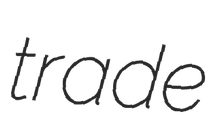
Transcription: trade